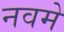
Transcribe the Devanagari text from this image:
नवमे